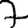
Digit: 7